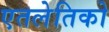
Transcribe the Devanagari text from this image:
एतलेतिको